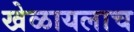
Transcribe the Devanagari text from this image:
खेळायलाच